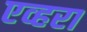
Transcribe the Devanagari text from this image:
एव्हरा